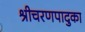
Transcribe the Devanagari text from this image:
श्रीचरणपादुका